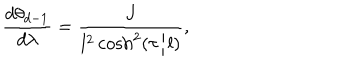
\frac { d \theta _ { d - 1 } } { d \lambda } = \frac { J } { l ^ { 2 } \cosh ^ { 2 } ( \tau / l ) } ,